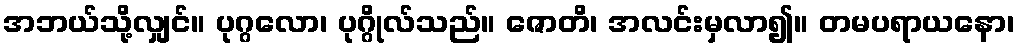
အဘယ်သို့လျှင်။ ပုဂ္ဂလော၊ ပုဂ္ဂိုလ်သည်။ ဇောတိ၊ အလင်းမှလာ၍။ တမပရာယနော၊